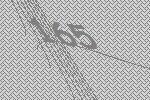
165